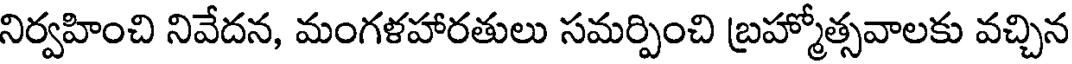
నిర్వహించి నివేదన, మంగళహారతులు సమర్పించి బ్రహ్మోత్సవాలకు వచ్చిన